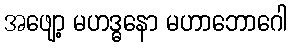
အဖျော့ မဟဒ္ဓနော မဟာဘောဂေါ